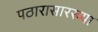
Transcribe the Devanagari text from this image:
पठारासारख्या